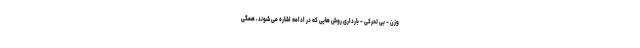
وزن - بی تحرکی - بارداری روش هایی که در ادامه اشاره می شوند، همگی